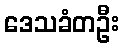
ဒေသခံတဦး